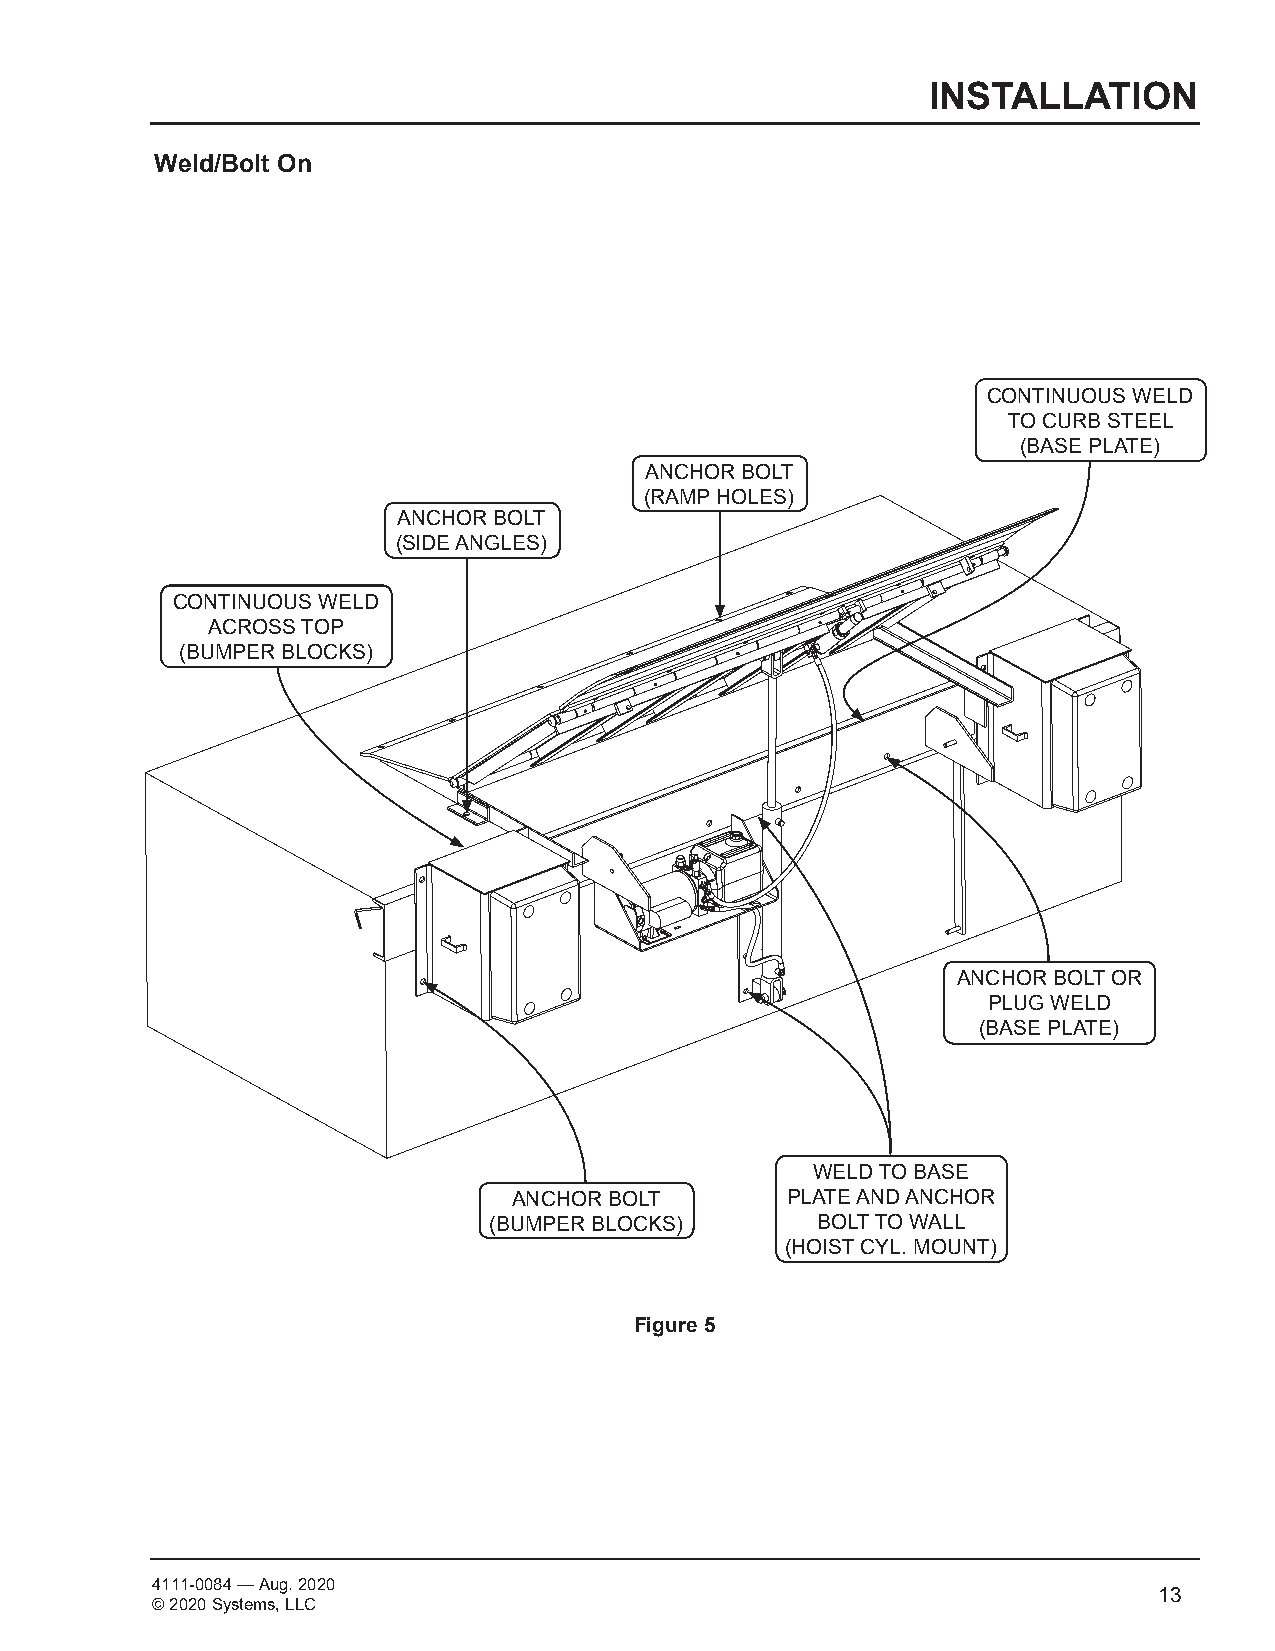
INSTALLATION
 Weld/Bolt On
 CONTINUOUS WELD
 TO CURB STEEL
 (BASE PLATE)
 ANCHOR BOLT
 (RAMP HOLES)
 ANCHOR BOLT
 (SIDE ANGLES)
 CONTINUOUS WELD
 ACROSS TOP
 (BUMPER BLOCKS)
 P O MW CE GR UA
 D
 IM LR P
 M
 E
 ANC PH LUO GR WBO EL LT D OR L S Mo a 5 d 0S 0 i n D Y Og C D KS o L E cT V k E L E E E q R M u A i S p S S m E Me Bn L t Y
 (BASE PLATE)                      STOCK NO.
 M DA FR D ( R T U TA o E sA h fuA N E iC N ucs . sh.W 0CL p0I G e R pM r0 TE i0 aenUT S nN rtII 0A S mdO i=A L sO /iLS o s= tAN rh sBL : t ieL moO  RA n. paeY 0E rT : nL . to o 0 u1 pH : fR b0 ae" v e crE 5 t ty1A guR " rroe a1 e fWN n / aS t3 enyI dC dR s2S /t ooe" nEE rm lsys a So ,N b leL yO .L wPCb rT o ia tstE n esd neb D sr ase u) ipotr hni e oC son rD e ifz nH taht tsR iis so E a np A prsiC rnio gtW p ndK r eoie det IE asbN r yny D o aaG tn rc t oiocB f nl fe iN vc ei eY nyrO w oarhn . i oyc t h hp eeS rry mas uiH tse tshmioos rn, iz LteoLS d Cr ea pr gereot nadtiM un ocs fe D a S, n ypy sA r itanent5 mT dos ra ,E ml Ll Lap09 Cnaut e tfhan e/ ct0 rta eu6 n ored f. toh/ teh e2 arr triicgl0 het so,r i1 anrctliucld9 eisn R gs E he Vox w Acl nu - s Ethi Cvee Nr e r 1iign 8h, - 0ts 6 6
 WELD TO BASE
 ANCHOR BOLT       PLATE AND ANCHOR
 (BUMPER BLOCKS)       BOLT TO WALL
 (HOIST CYL. MOUNT)
 Figure 5
 4111-0084 — Aug. 2020
 © 2020 Systems, LLC
 13